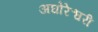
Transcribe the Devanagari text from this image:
अघोरेश्वरी